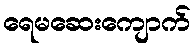
ရေမဆေးကျောက်